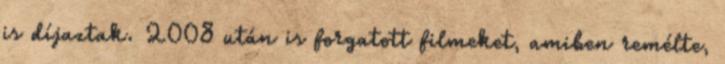
is díjaztak. 2008 után is forgatott filmeket, amiben remélte,